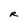
Character: R